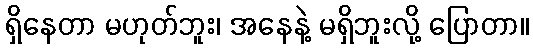
ရှိနေတာ မဟုတ်ဘူး၊ အနေနဲ့ မရှိဘူးလို့ ပြောတာ။